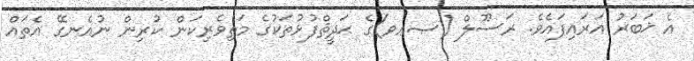
އެ ޚަބަރު އަރައިފައެވެ. ރަސޫލް (ޞޢވ)ގެ ޙަދީޘްފުޅުތަކުގެ މަތިވެރިކަން ކުރިން ނުއެނގޭ އެތައް